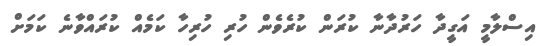
އިސްލާމީ އަގީދާ ހަރުދާނާ ކުރަން ކުރެވެން ހުރި ހުރިހާ ކަމެއް ކުރައްވާނެ ކަމަށް